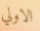
الاولي